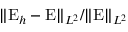
\| { \mathrm { E } } _ { h } - { \mathrm { E } } \| _ { L ^ { 2 } } / \| \mathrm { E } \| _ { L ^ { 2 } }